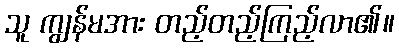
သူ ကျွန်မအား တည့်တည့်ကြည့်လာ၏။